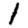
Digit: 1